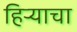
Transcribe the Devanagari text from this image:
हिर्‍याचा